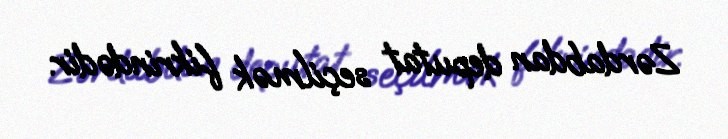
Zərdabdan deputat seçilmək fikrindədir.